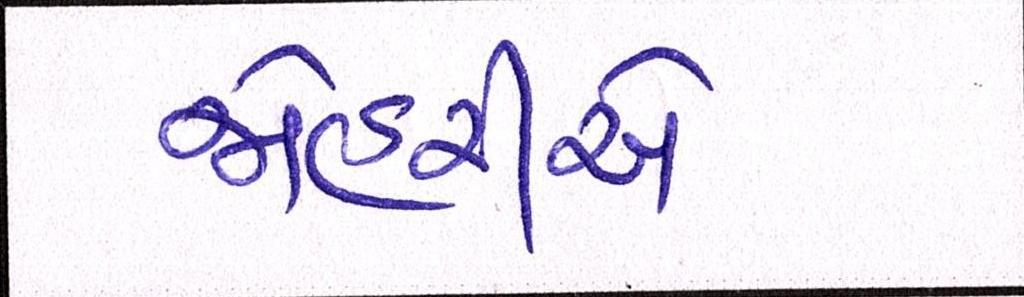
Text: જોહરીએ